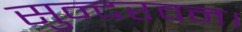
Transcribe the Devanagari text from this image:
सुन्दरवन।